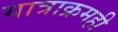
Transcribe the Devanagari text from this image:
यात्राक्रमही